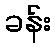
ခန်း